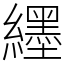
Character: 纆